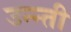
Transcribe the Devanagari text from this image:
उन्न्ती